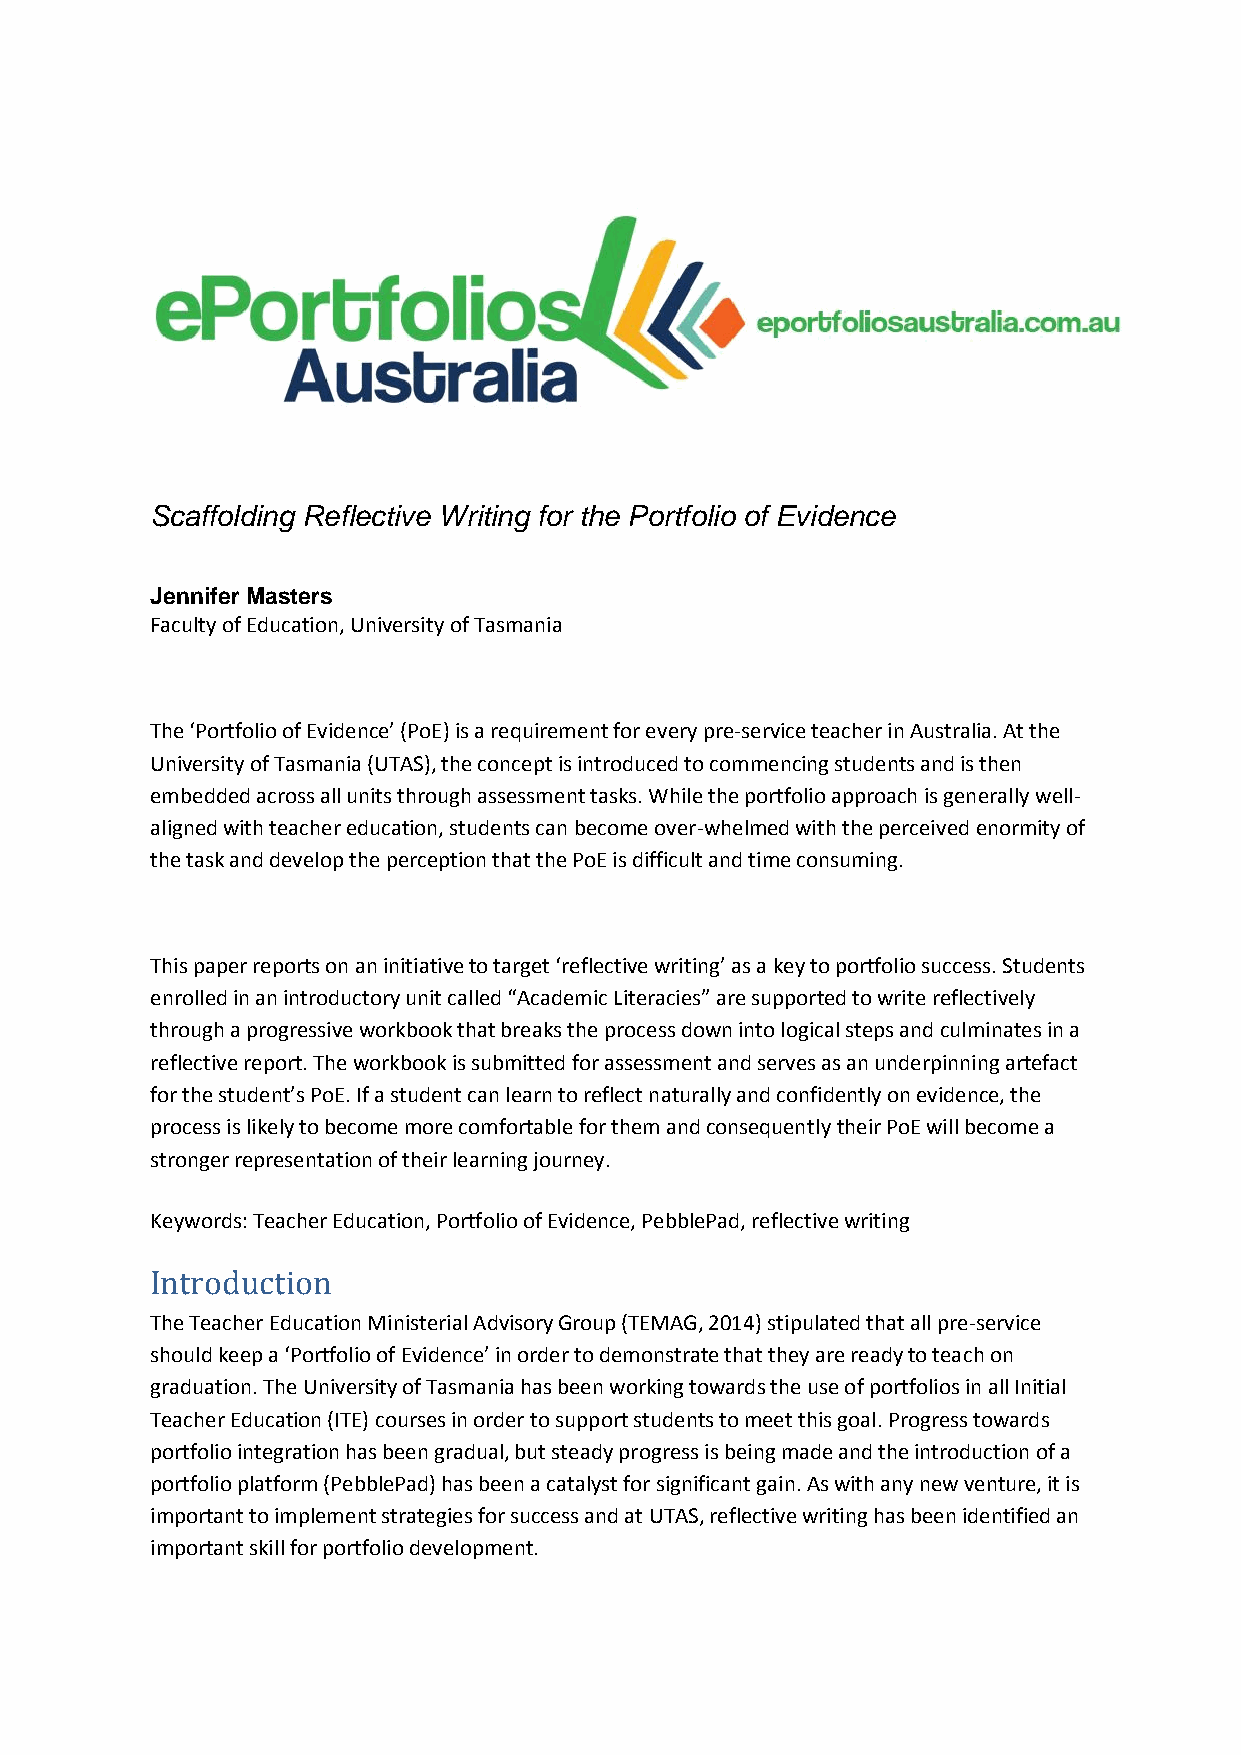
Scaffolding Reflective Writing for the Portfolio of Evidence
 Jennifer Masters
 Faculty of Education, University of Tasmania
 The ‘Portfolio of Evidence’ (PoE) is a requirement for every pre-service teacher in Australia. At the
 University of Tasmania (UTAS), the concept is introduced to commencing students and is then
 embedded across all units through assessment tasks. While the portfolio approach is generally well-
 aligned with teacher education, students can become over-whelmed with the perceived enormity of
 the task and develop the perception that the PoE is difficult and time consuming.
 This paper reports on an initiative to target ‘reflective writing’ as a key to portfolio success. Students
 enrolled in an introductory unit called “Academic Literacies” are supported to write reflectively
 through a progressive workbook that breaks the process down into logical steps and culminates in a
 reflective report. The workbook is submitted for assessment and serves as an underpinning artefact
 for the student’s PoE. If a student can learn to reflect naturally and confidently on evidence, the
 process is likely to become more comfortable for them and consequently their PoE will become a
 stronger representation of their learning journey.
 Keywords: Teacher Education, Portfolio of Evidence, PebblePad, reflective writing
 Introduction
 The Teacher Education Ministerial Advisory Group (TEMAG, 2014) stipulated that all pre-service
 should keep a ‘Portfolio of Evidence’ in order to demonstrate that they are ready to teach on
 graduation. The University of Tasmania has been working towards the use of portfolios in all Initial
 Teacher Education (ITE) courses in order to support students to meet this goal. Progress towards
 portfolio integration has been gradual, but steady progress is being made and the introduction of a
 portfolio platform (PebblePad) has been a catalyst for significant gain. As with any new venture, it is
 important to implement strategies for success and at UTAS, reflective writing has been identified an
 important skill for portfolio development.